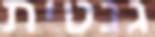
גנטית